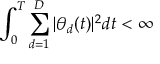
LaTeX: \int _ { 0 } ^ { T } \sum _ { d = 1 } ^ { D } | \theta _ { d } ( t ) | ^ { 2 } d t < \infty